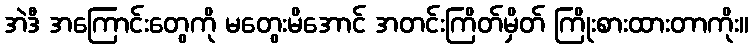
အဲဒီ အကြောင်းတွေကို မတွေးမိအောင် အတင်းကြိတ်မှိတ် ကြိုးစားထားတာကိုး။